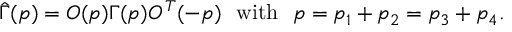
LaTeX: { \hat { \Gamma } } ( p ) = O ( p ) \Gamma ( p ) O ^ { T } ( - p ) \ \ \mathrm { w i t h } \ \ p = p _ { 1 } + p _ { 2 } = p _ { 3 } + p _ { 4 } .